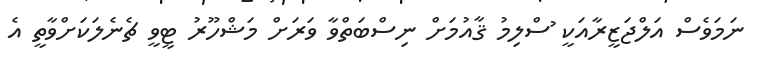
ނަމަވެސް އަލްޖަޒީރާއަކީ ުސްލިމު ޤާއުމަށް ނިސްބަތްވާ ވަރަށް މަޝްހޫރު ޓީވީ ޗެނެލަކަށްވާތީ އެ